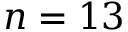
n = 1 3